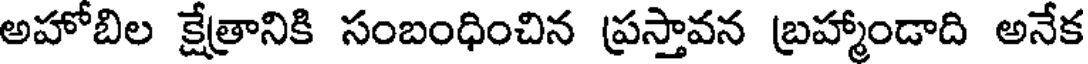
అహోబిల క్షేత్రానికి సంబంధించిన ప్రస్తావన బ్రహ్మాండాది అనేక